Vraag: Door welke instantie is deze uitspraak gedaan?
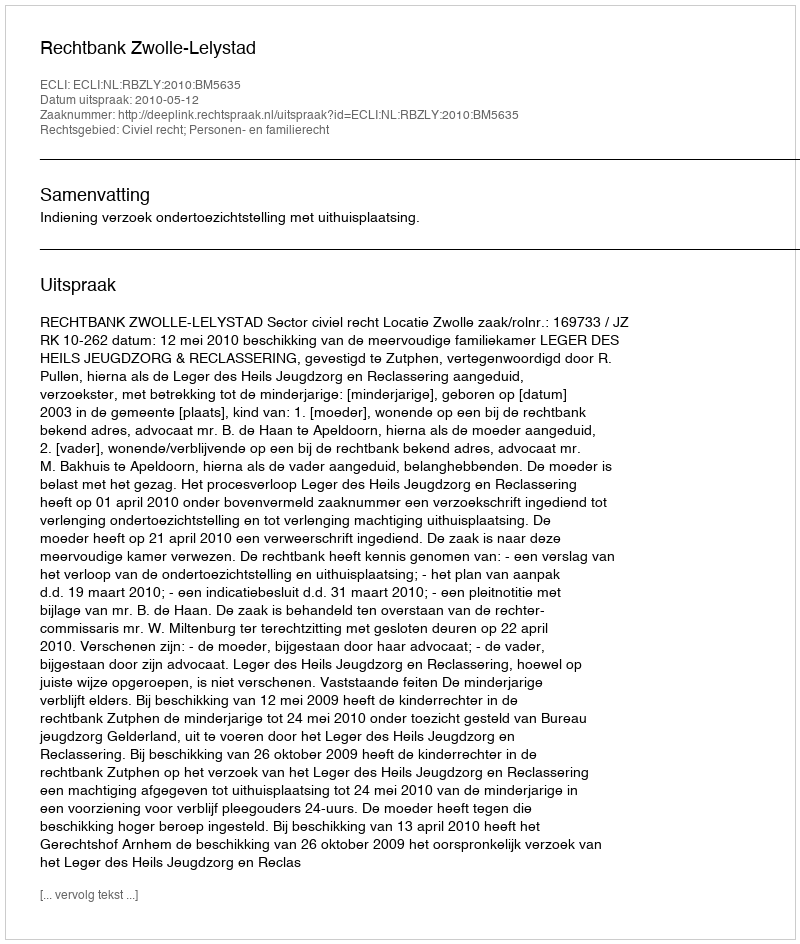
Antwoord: Rechtbank Zwolle-Lelystad